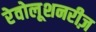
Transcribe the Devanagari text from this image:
रेवोलूशनरीज़